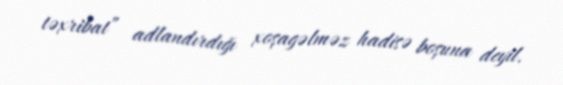
təxribat” adlandırdığı xoşagəlməz hadisə boşuna deyil.